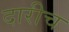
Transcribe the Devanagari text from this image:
दारीच